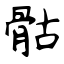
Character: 骷